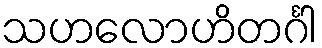
သဟလောဟိတင်္ဂါ